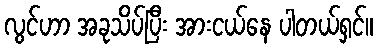
လွင်ဟာ အခုသိပ်ပြီး အားငယ်နေ ပါတယ်ရှင်။